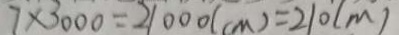
7 \times 3 0 0 0 = 2 1 0 0 0 ( c m ) = 2 1 0 ( m )